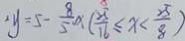
y = 5 - \frac { 8 } { 5 } \times ( \frac { 2 5 } { 1 6 } \leq x < \frac { 2 5 } { 8 } )